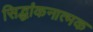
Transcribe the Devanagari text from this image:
सिद्धांकनात्मक